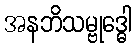
အနဘိသမ္ဗုဒ္ဓေါ